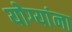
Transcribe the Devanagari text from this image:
योग्यांना